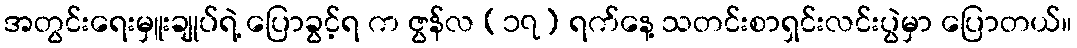
အတွင်းရေးမှူးချုပ်ရဲ့ ပြောခွင့်ရ က ဇွန်လ (၁၇) ရက်နေ့ သတင်းစာရှင်းလင်းပွဲမှာ ပြောတယ်။